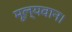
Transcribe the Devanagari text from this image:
मूल्यवान।